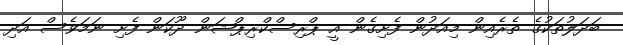
ބަދަލުތަކުގެ ތެރެއިން މިއަދުން ފެށިގެން އީ ޕްރިސްކްރިޕްޝަން ދޫކަން ފެށި ނަމަވެސް އަދި